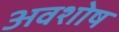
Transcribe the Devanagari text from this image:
अवशोष